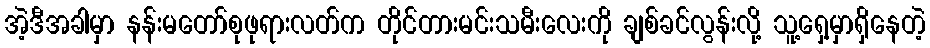
အဲ့ဒီအခါမှာ နန်းမတော်စုဖုရားလတ်က တိုင်တားမင်းသမီးလေးကို ချစ်ခင်လွန်းလို့ သူ့ရှေ့မှာရှိနေတဲ့